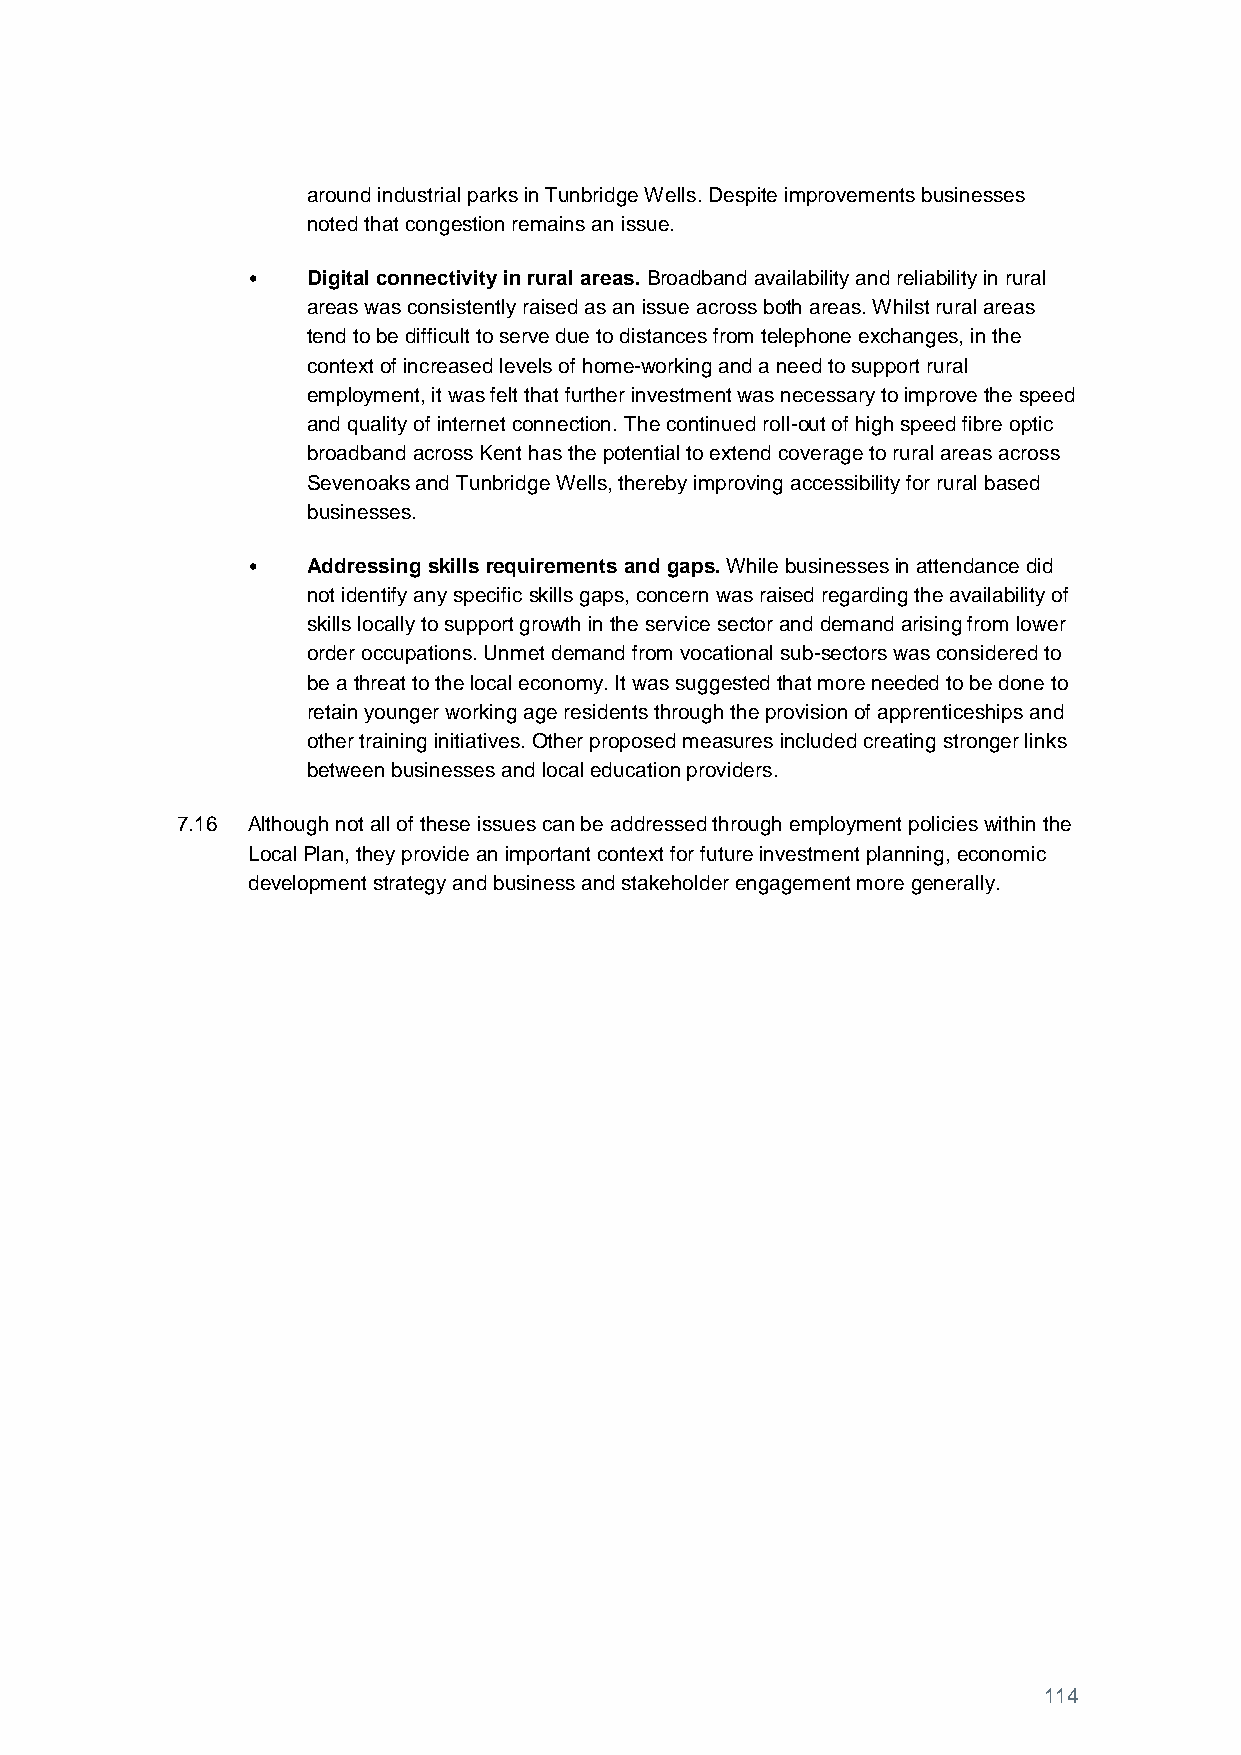
around industrial parks in Tunbridge Wells. Despite improvements businesses
 noted that congestion remains an issue.
 •   Digital connectivity in rural areas. Broadband availability and reliability in rural
 areas was consistently raised as an issue across both areas. Whilst rural areas
 tend to be difficult to serve due to distances from telephone exchanges, in the
 context of increased levels of home-working and a need to support rural
 employment, it was felt that further investment was necessary to improve the speed
 and quality of internet connection. The continued roll-out of high speed fibre optic
 broadband across Kent has the potential to extend coverage to rural areas across
 Sevenoaks and Tunbridge Wells, thereby improving accessibility for rural based
 businesses.
 •   Addressing skills requirements and gaps. While businesses in attendance did
 not identify any specific skills gaps, concern was raised regarding the availability of
 skills locally to support growth in the service sector and demand arising from lower
 order occupations. Unmet demand from vocational sub-sectors was considered to
 be a threat to the local economy. It was suggested that more needed to be done to
 retain younger working age residents through the provision of apprenticeships and
 other training initiatives. Other proposed measures included creating stronger links
 between businesses and local education providers.
 7.16 Although not all of these issues can be addressed through employment policies within the
 Local Plan, they provide an important context for future investment planning, economic
 development strategy and business and stakeholder engagement more generally.
 114